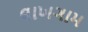
લાખગામ